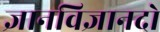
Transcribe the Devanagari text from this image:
ज्ञानविज्ञानदो